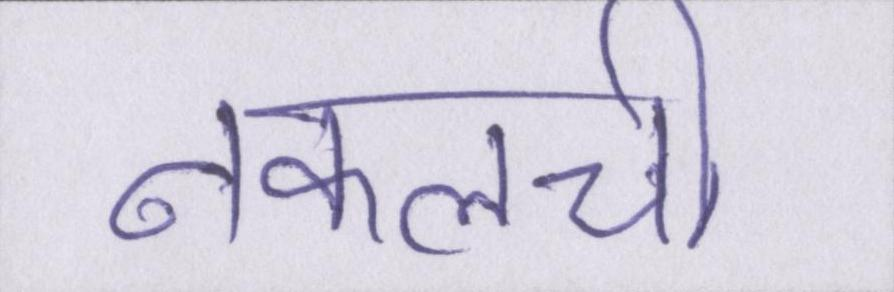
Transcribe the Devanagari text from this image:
नकलची